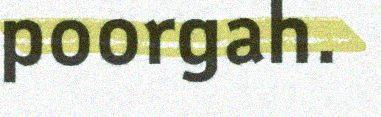
poorgah.